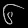
Digit: ၆